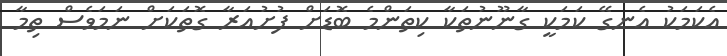
އެކަމަކު އެނގޭ ކަމަކީ ގާނޫނުތަކާ ކިތަންމެ ބޮޑަށް ފުށުއަރާ ގޮތަކަށް ނަމަވެސް ތިމާ